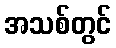
အသစ်တွင်